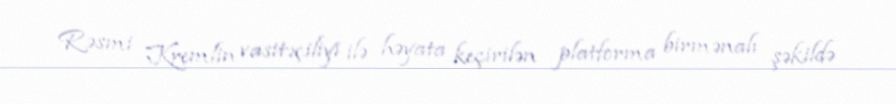
Rəsmi Kremlin vasitəçiliyi ilə həyata keçirilən platforma birmənalı şəkildə